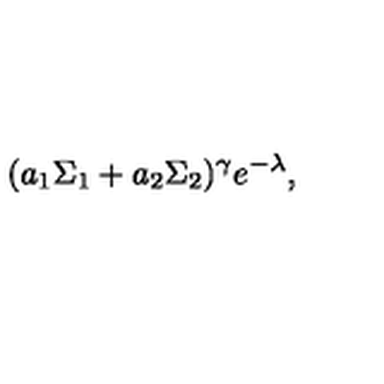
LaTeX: ( a _ { 1 } \Sigma _ { 1 } + a _ { 2 } \Sigma _ { 2 } ) ^ { \gamma } e ^ { - \lambda } ,